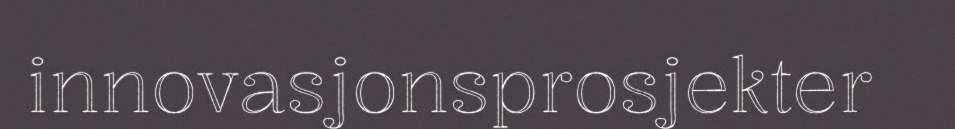
innovasjonsprosjekter